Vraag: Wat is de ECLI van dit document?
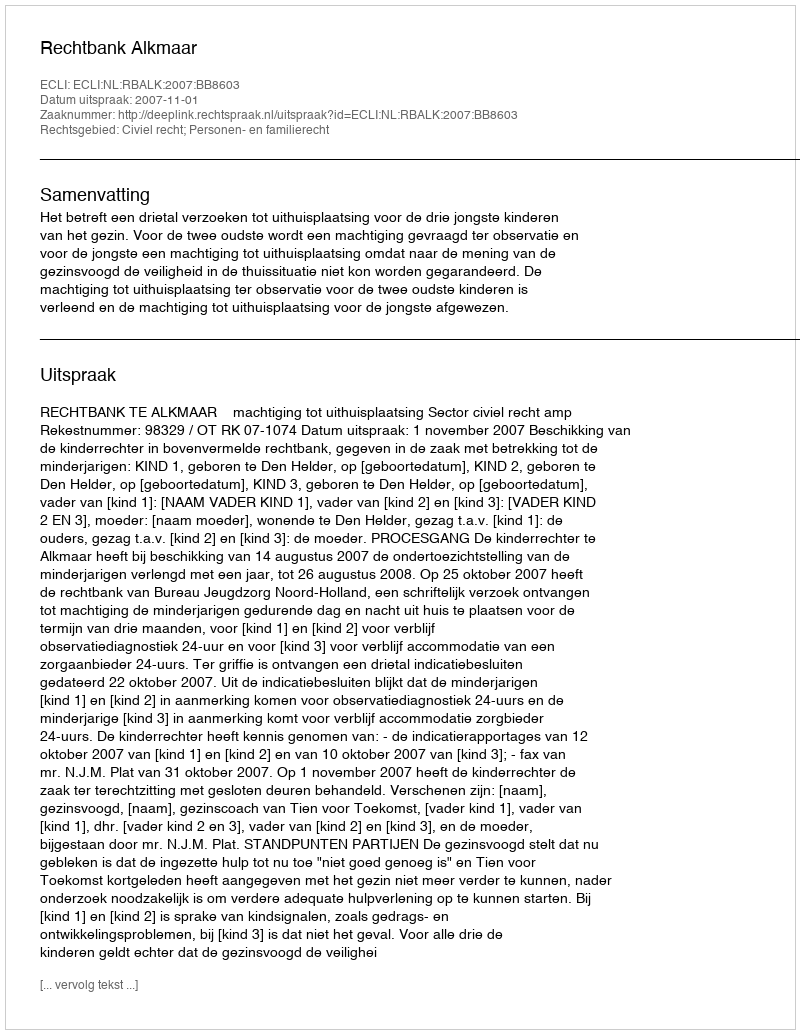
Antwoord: ECLI:NL:RBALK:2007:BB8603